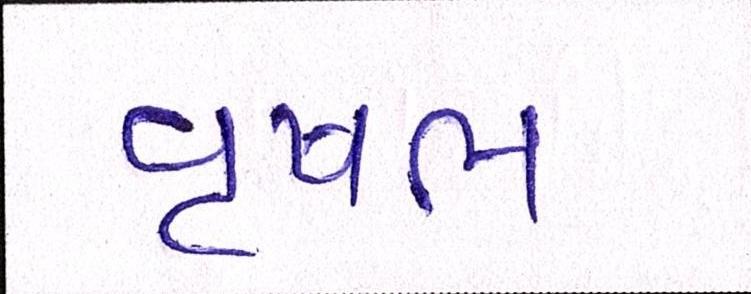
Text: વૃષભ